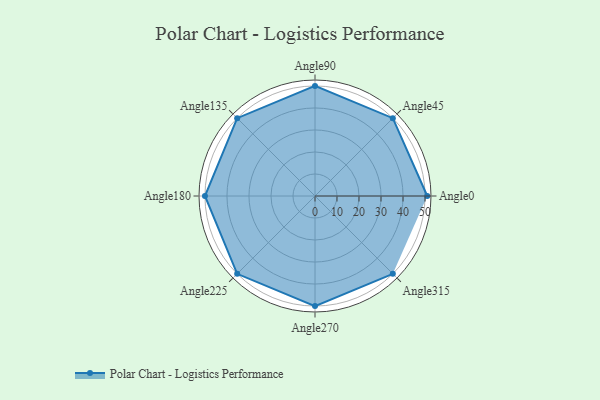
{"axis": {"x": "Angle", "y": "Radius"}, "legend": [""], "data": [{"x": "Angle0", "y": 51.0, "type": ""}, {"x": "Angle45", "y": 50, "type": ""}, {"x": "Angle90", "y": 50, "type": ""}, {"x": "Angle135", "y": 50, "type": ""}, {"x": "Angle180", "y": 50, "type": ""}, {"x": "Angle225", "y": 50, "type": ""}, {"x": "Angle270", "y": 50, "type": ""}, {"x": "Angle315", "y": 50, "type": ""}]}